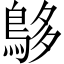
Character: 𪀓